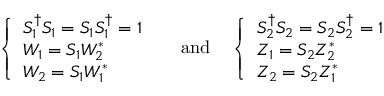
\left\{ \begin{array} { l } { { S _ { 1 } ^ { \dagger } S _ { 1 } = S _ { 1 } S _ { 1 } ^ { \dagger } = 1 } } \\ { { W _ { 1 } = S _ { 1 } W _ { 2 } ^ { * } } } \\ { { W _ { 2 } = S _ { 1 } W _ { 1 } ^ { * } } } \end{array} \right. \ \quad \mathrm { a n d } \quad \left\{ \begin{array} { l } { { S _ { 2 } ^ { \dagger } S _ { 2 } = S _ { 2 } S _ { 2 } ^ { \dagger } = 1 } } \\ { { Z _ { 1 } = S _ { 2 } Z _ { 2 } ^ { * } } } \\ { { Z _ { 2 } = S _ { 2 } Z _ { 1 } ^ { * } } } \end{array} \right.